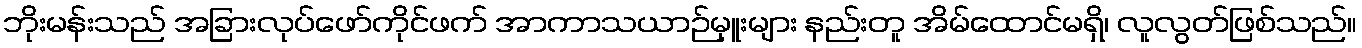
ဘိုးမန်းသည် အခြားလုပ်ဖော်ကိုင်ဖက် အာကာသယာဉ်မှူးများ နည်းတူ အိမ်ထောင်မရှိ၊ လူလွတ်ဖြစ်သည်။